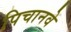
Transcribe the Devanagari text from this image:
पिचानवे